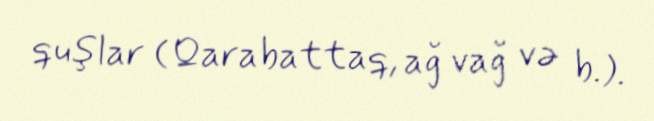
quşlar (Qarabattaq, ağ vağ və b.).